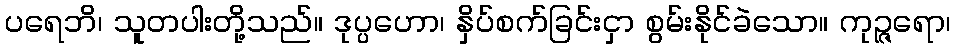
ပရေဘိ၊ သူတပါးတို့သည်။ ဒုပ္ပဟော၊ နှိပ်စက်ခြင်းငှာ စွမ်းနိုင်ခဲသော။ ကုဉ္ဇရော၊